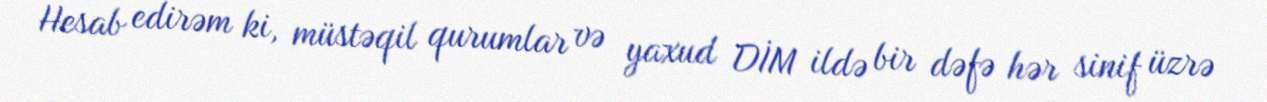
Hesab edirəm ki, müstəqil qurumlar və yaxud DİM ildə bir dəfə hər sinif üzrə